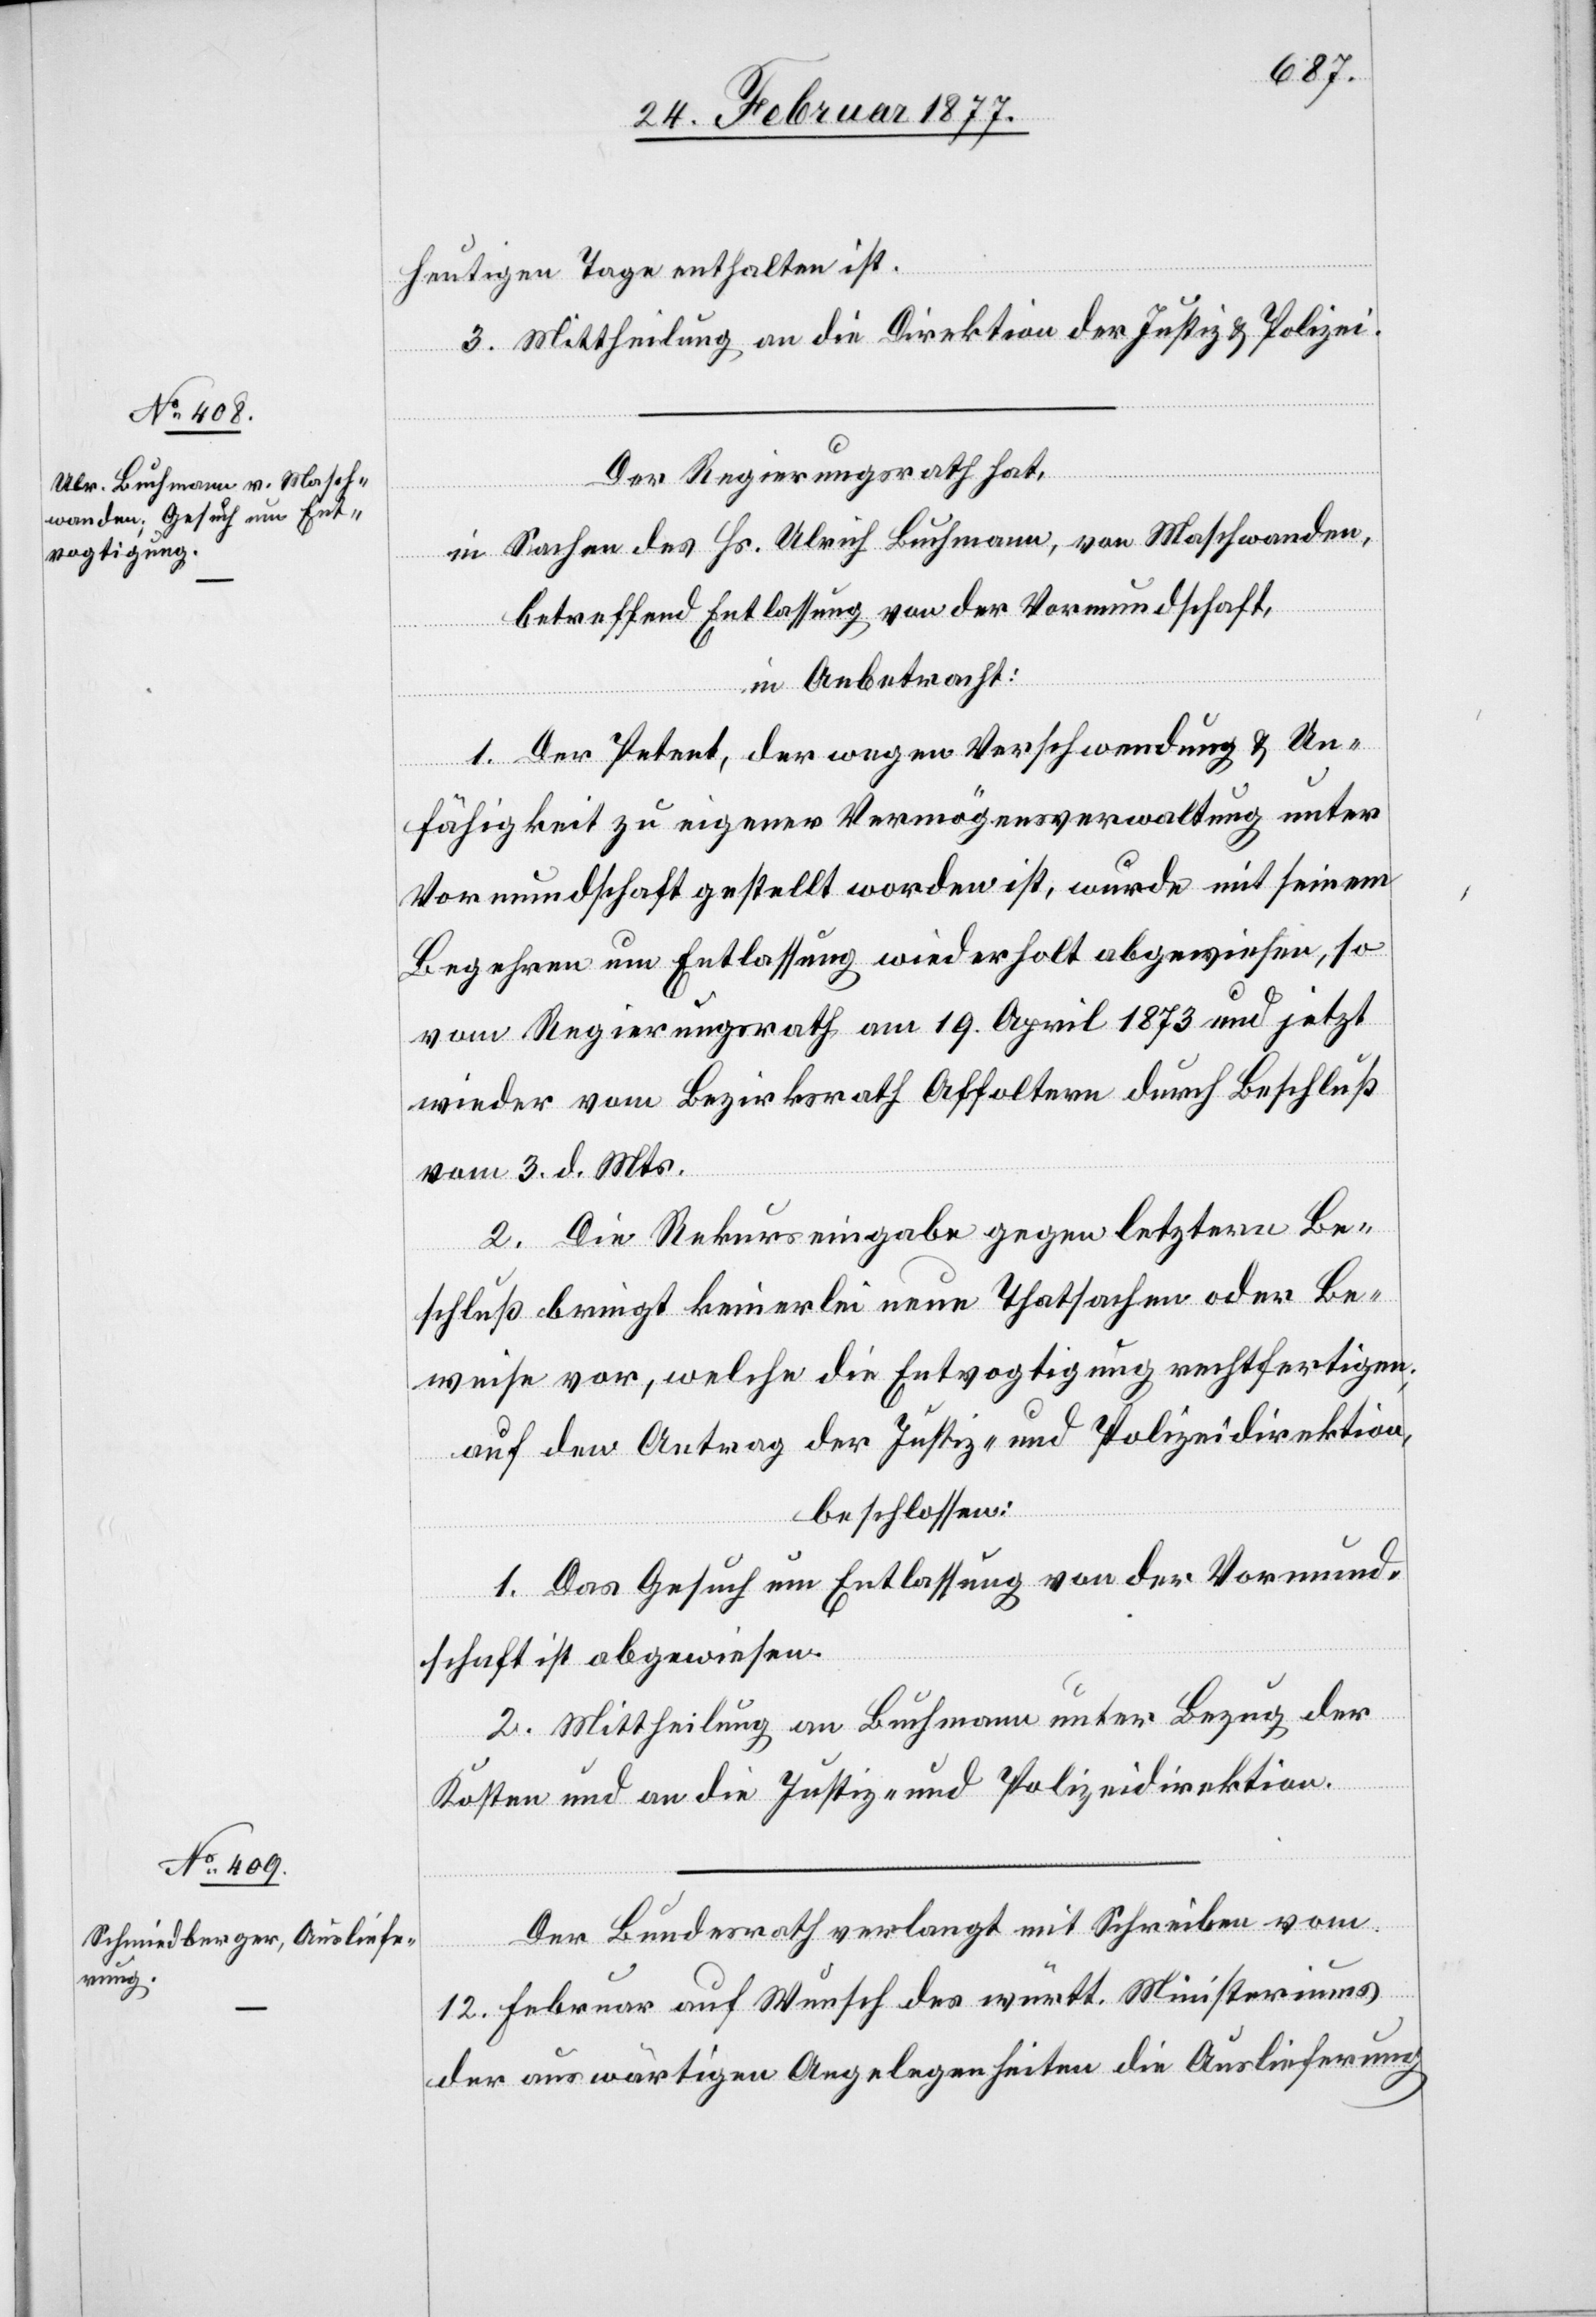
heutigen Tage enthalten ist.
3. Mittheilung an die Direktion der Justiz & Polizei.
Der Regierungsrath hat,
in Sachen des Hs. Ulrich Buchmann, von Maschwanden,
betreffend Entlassung von der Vormundschaft,
in Anbetracht:
1. Der Petent, der wegen Verschwendung & Un¬
fähigkeit zu eigener Vermögensverwaltung unter
Vormundschaft gestellt worden ist, wurde mit seinem
Begehren um Entlassung wiederholt abgewiesen, so
vom Regierungsrath am 19. April 1873 und jetzt
wieder vom Bezirksrath Affoltern durch Beschluß
vom 3. d. Mts.
2. Die Rekurseingabe gegen letztern Be¬
schluß bringt keinerlei neue Thatsachen oder Be¬
weise vor, welche die Entvogtigung rechtfertigen;
auf den Antrag der Justiz- und Polizeidirektion,
beschlossen:
1. Das Gesuch um Entlassung von der Vormund¬
schaft ist abgewiesen.
2. Mittheilung an Buchmann unter Bezug der
Kosten und an die Justiz- und Polizeidirektion.
Der Bundesrath verlangt mit Schreiben vom
12. Februar auf Wunsch des württ. Ministeriums
der auswärtigen Angelegenheiten die Auslieferung